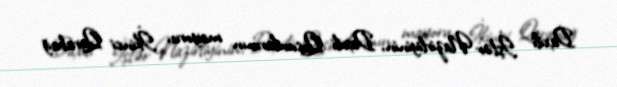
Daxili İşlər Nazirliyinin, Daxili Qoşunlarının mayoru, İkinci Qarabağ